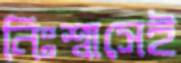
নিঃশ্বাসেই